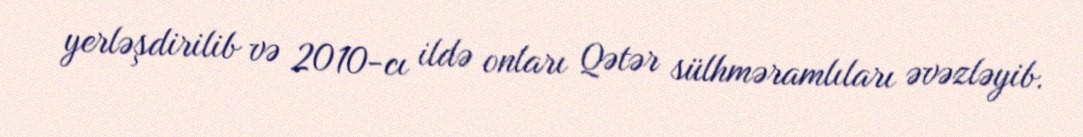
yerləşdirilib və 2010-cı ildə onları Qətər sülhməramlıları əvəzləyib.